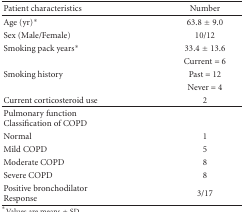
<table><thead><tr><td><b>Patient characteristics</b></td><td><b>Number</b></td></tr></thead><tbody><tr><td>Age (yr)*</td><td>63.8 ± 9.0</td></tr><tr><td>Sex (Male/Female)</td><td>10/12</td></tr><tr><td>Smoking pack years*</td><td>33.4 ± 13.6</td></tr><tr><td></td><td>Current = 6</td></tr><tr><td>Smoking history</td><td>Past = 12</td></tr><tr><td></td><td>Never = 4</td></tr><tr><td>Current corticosteroid use</td><td>2 </td></tr><tr><td>Pulmonary function Classification of COPD</td><td></td></tr><tr><td>Normal</td><td>1</td></tr><tr><td>Mild COPD</td><td>5</td></tr><tr><td>Moderate COPD</td><td>8</td></tr><tr><td>Severe COPD</td><td>8</td></tr><tr><td>Positive bronchodilator Response</td><td>3/17</td></tr></tbody></table>